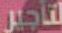
لتأجير